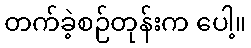
တက်ခဲ့စဉ်တုန်းက ပေါ့။